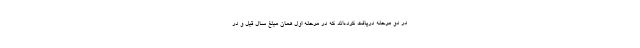
در دو مرحله دریافت کرده‌اند که در مرحله اول همان مبلغ سال قبل و در